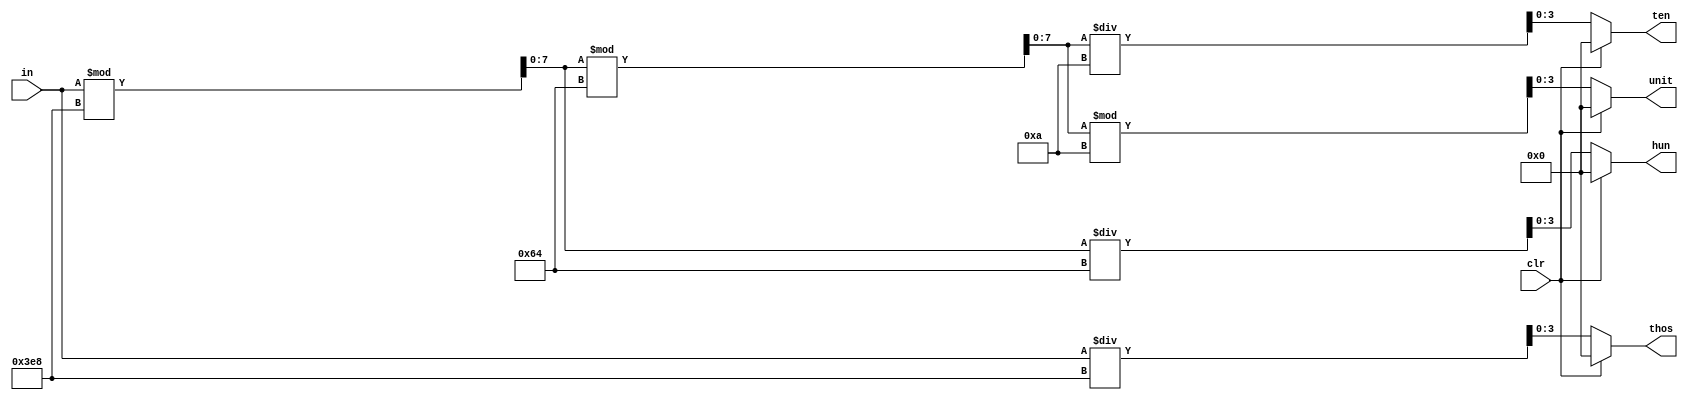
module binary_to_bcd_converter(in, clr, unit, ten, hun, thos);
	input [7:0] in ;
	input clr;
	output reg [3:0] unit, ten, hun, thos;
	
	reg [7:0] bcd;
		
	reg [3:0] thous, huns, tens, units;
	always @(in, clr)
	begin
		if(clr == 1)
		begin
		thos <= 4'b0000;
		hun <= 4'b0000;
		ten <= 4'b0000;
		unit <= 4'b0000;
		end
		else
		begin
		bcd = in;
		thos = bcd/1000;
		bcd = bcd%1000;
		thous = thos;
		hun = bcd/100;
		bcd = bcd%100;
		huns = hun;
		ten = bcd/10;
		bcd = bcd%10;
		tens = ten;
		unit = bcd;
		units = unit;
		end
	end
	
endmodule